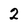
Character: 2